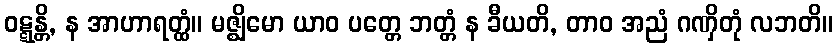
ဝဋ္ဋန္တိ, န အာဟာရတ္ထံ။ မဇ္ဈိမော ယာဝ ပတ္တေ ဘတ္တံ န ခီယတိ, တာဝ အညံ ဂဏှိတုံ လဘတိ။